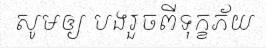
សូមឲ្យ បងរួចពីទុក្ខភ័យ